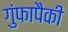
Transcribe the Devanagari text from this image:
गुंफापैकी